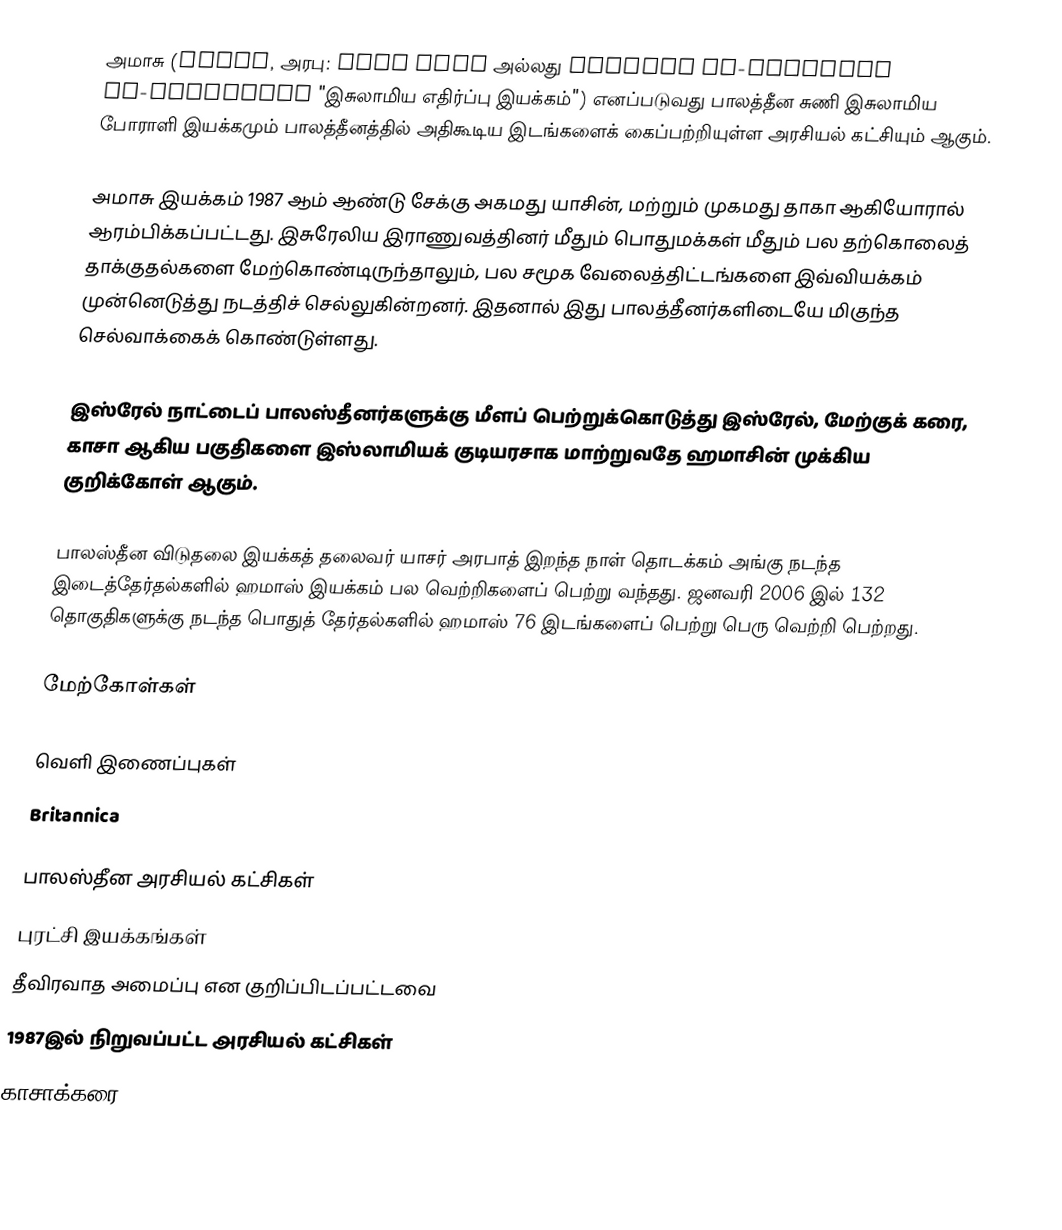
அமாசு (Ḥamas, அரபு: حركة حماس அல்லது Ḥarakat al-Muqawama al-Islamiyya "இசுலாமிய எதிர்ப்பு இயக்கம்") எனப்படுவது பாலத்தீன சுணி இசுலாமிய போராளி இயக்கமும் பாலத்தீனத்தில் அதிகூடிய இடங்களைக் கைப்பற்றியுள்ள அரசியல் கட்சியும் ஆகும்.

அமாசு இயக்கம் 1987 ஆம் ஆண்டு சேக்கு அகமது யாசின், மற்றும் முகமது தாகா ஆகியோரால் ஆரம்பிக்கப்பட்டது. இசுரேலிய இராணுவத்தினர் மீதும் பொதுமக்கள் மீதும் பல தற்கொலைத் தாக்குதல்களை மேற்கொண்டிருந்தாலும், பல சமூக வேலைத்திட்டங்களை இவ்வியக்கம் முன்னெடுத்து நடத்திச் செல்லுகின்றனர். இதனால் இது பாலத்தீனர்களிடையே மிகுந்த செல்வாக்கைக் கொண்டுள்ளது.

இஸ்ரேல் நாட்டைப் பாலஸ்தீனர்களுக்கு மீளப் பெற்றுக்கொடுத்து இஸ்ரேல், மேற்குக் கரை, காசா ஆகிய பகுதிகளை இஸ்லாமியக் குடியரசாக மாற்றுவதே ஹமாசின் முக்கிய குறிக்கோள் ஆகும்.

பாலஸ்தீன விடுதலை இயக்கத் தலைவர் யாசர் அரபாத் இறந்த நாள் தொடக்கம் அங்கு நடந்த இடைத்தேர்தல்களில் ஹமாஸ் இயக்கம் பல வெற்றிகளைப் பெற்று வந்தது. ஜனவரி 2006 இல் 132 தொகுதிகளுக்கு நடந்த பொதுத் தேர்தல்களில் ஹமாஸ் 76 இடங்களைப் பெற்று பெரு வெற்றி பெற்றது.

மேற்கோள்கள்

வெளி இணைப்புகள்
 Britannica

பாலஸ்தீன அரசியல் கட்சிகள்
புரட்சி இயக்கங்கள்
தீவிரவாத அமைப்பு என குறிப்பிடப்பட்டவை
1987இல் நிறுவப்பட்ட அரசியல் கட்சிகள்
காசாக்கரை